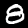
Digit: 8